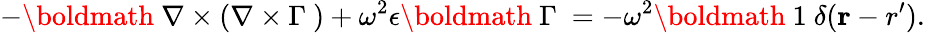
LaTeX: -\mathrm{\boldmath{~\nabla\times(\nabla\times\Gamma~}})+\omega^{2}\epsilon\mathrm{\boldmath{~\Gamma~}}=-\omega^{2}\mathrm{\boldmath{~1~}}\delta({\mathbf r-r^{\prime}}).